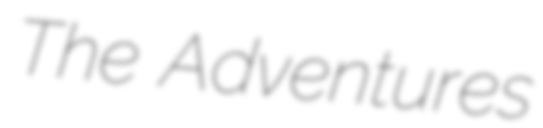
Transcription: The Adventures